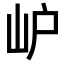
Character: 𡵘